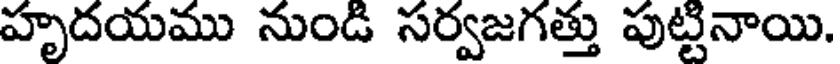
హృదయము నుండి సర్వజగత్తు పుట్టినాయి.